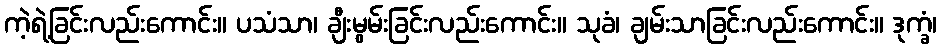
ကဲ့ရဲ့ခြင်းလည်းကောင်း။ ပသံသာ၊ ချီးမွမ်းခြင်းလည်းကောင်း။ သုခံ၊ ချမ်းသာခြင်းလည်းကောင်း။ ဒုက္ခံ၊